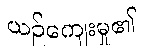
ယဉ်ကျေးမှု၏